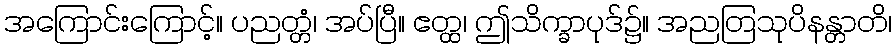
အကြောင်းကြောင့်။ ပညတ္တံ၊ အပ်ပြီ။ ဧတ္ထ၊ ဤသိက္ခာပုဒ်၌။ အညတြသုပိနန္တာတိ၊